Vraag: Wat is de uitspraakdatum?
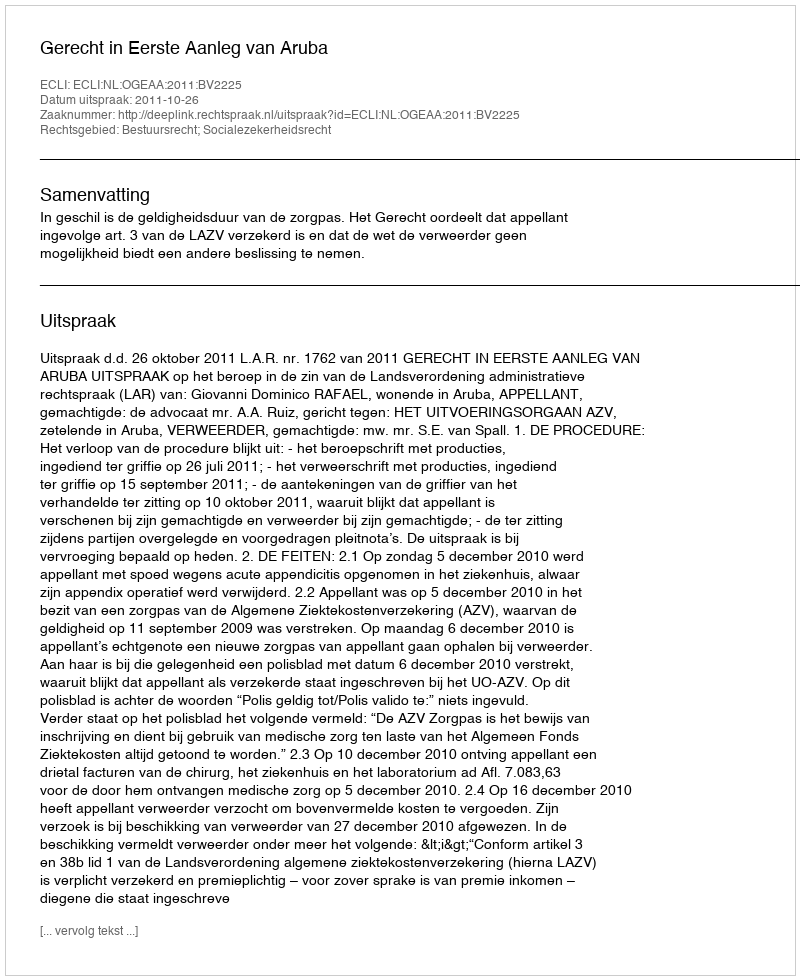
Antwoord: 2011-10-26